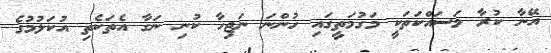
އޭނާ ކުރާ މަސައްކަތަކީ މަގުމަތީގައި ހުންނަ ނަޖިހާ ކުނި ނަގާ އެތަކެތި އުކަލުމުގެ